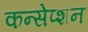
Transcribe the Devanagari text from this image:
कन्सेप्शन